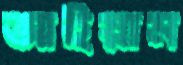
আইয়াম